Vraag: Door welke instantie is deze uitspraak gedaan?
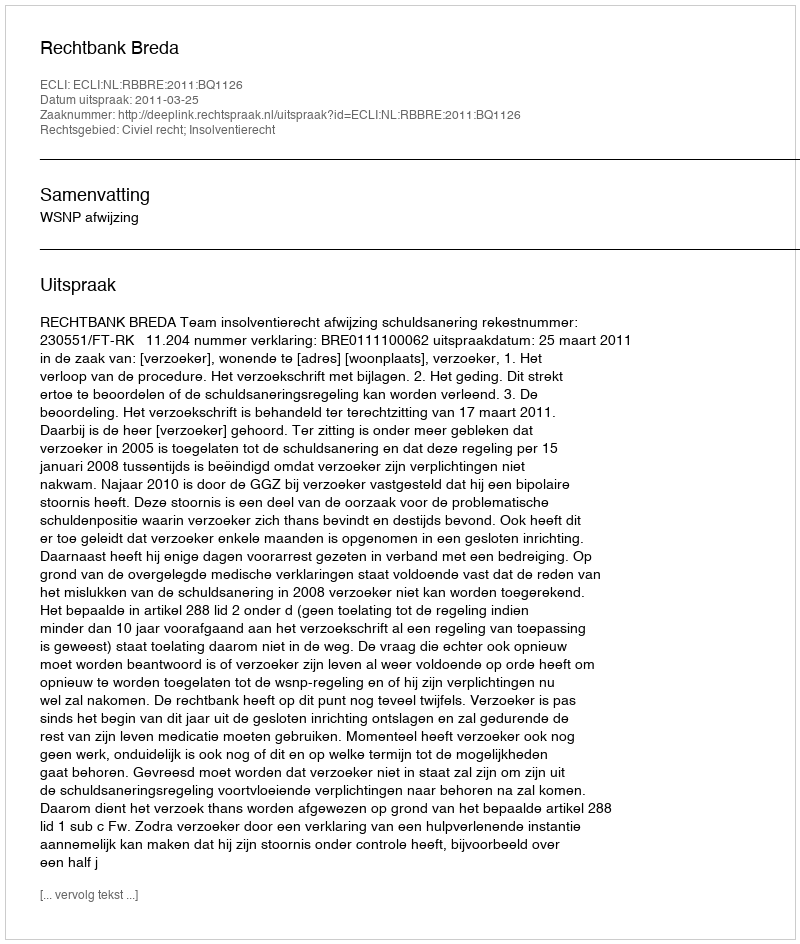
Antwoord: Rechtbank Breda